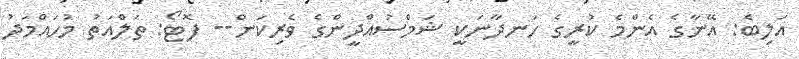
އަލިބެ: އޭނާގެ އެންމެ ކުރީގެ ހަނދާނަކީ ޝަމްސުއްދީންގެ ވެރިކަން-- ފޮޓޯ: ތަލްއަތު މުހައްމަދު